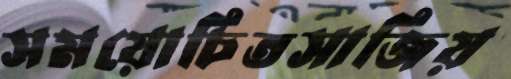
সময়োচিতসাজিয়